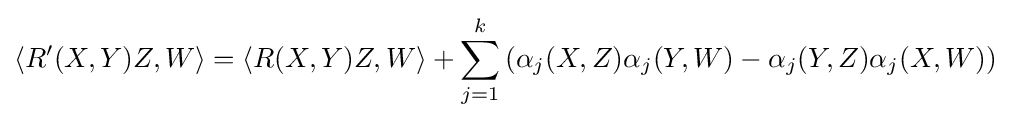
\langle R'(X,Y)Z,W\rangle =\langle R(X,Y)Z,W\rangle +\sum _{j=1}^{k}\left(\alpha _{j}(X,Z)\alpha _{j}(Y,W)-\alpha _{j}(Y,Z)\alpha _{j}(X,W)\right)